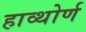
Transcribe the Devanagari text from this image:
हाव्थोर्ण